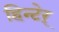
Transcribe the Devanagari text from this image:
हिन्टेर्